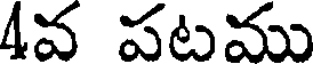
4వ పటము